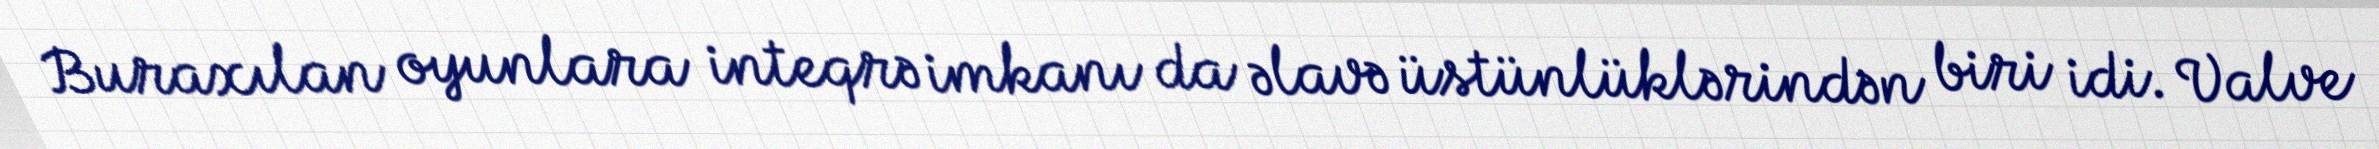
Buraxılan oyunlara inteqrə imkanı da əlavə üstünlüklərindən biri idi. Valve